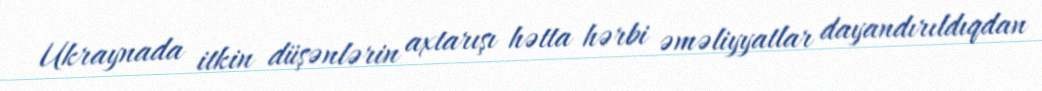
Ukraynada itkin düşənlərin axtarışı hətta hərbi əməliyyatlar dayandırıldıqdan